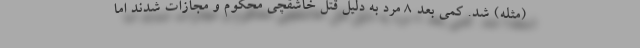
(مثله) شد. کمی بعد 8 مرد به دلیل قتل خاشقچی محکوم و مجازات شدند اما